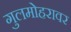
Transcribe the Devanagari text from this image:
गुलमोहरावर